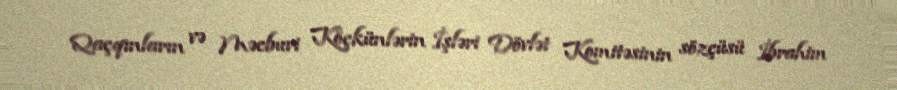
Qaçqınların və Məcburi Köçkünlərin İşləri Dövlət Komitəsinin sözçüsü İbrahim